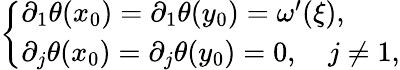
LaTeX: \left\{ \begin{array}{ll}{\partial_{1}\theta(x_{0})=\partial_{1}\theta(y_{0})=\omega^{\prime}(\xi),}\\ {\partial_{j}\theta(x_{0})=\partial_{j}\theta(y_{0})=0,\quad j\neq 1,}\end{array}\right.